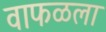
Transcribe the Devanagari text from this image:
वाफळला